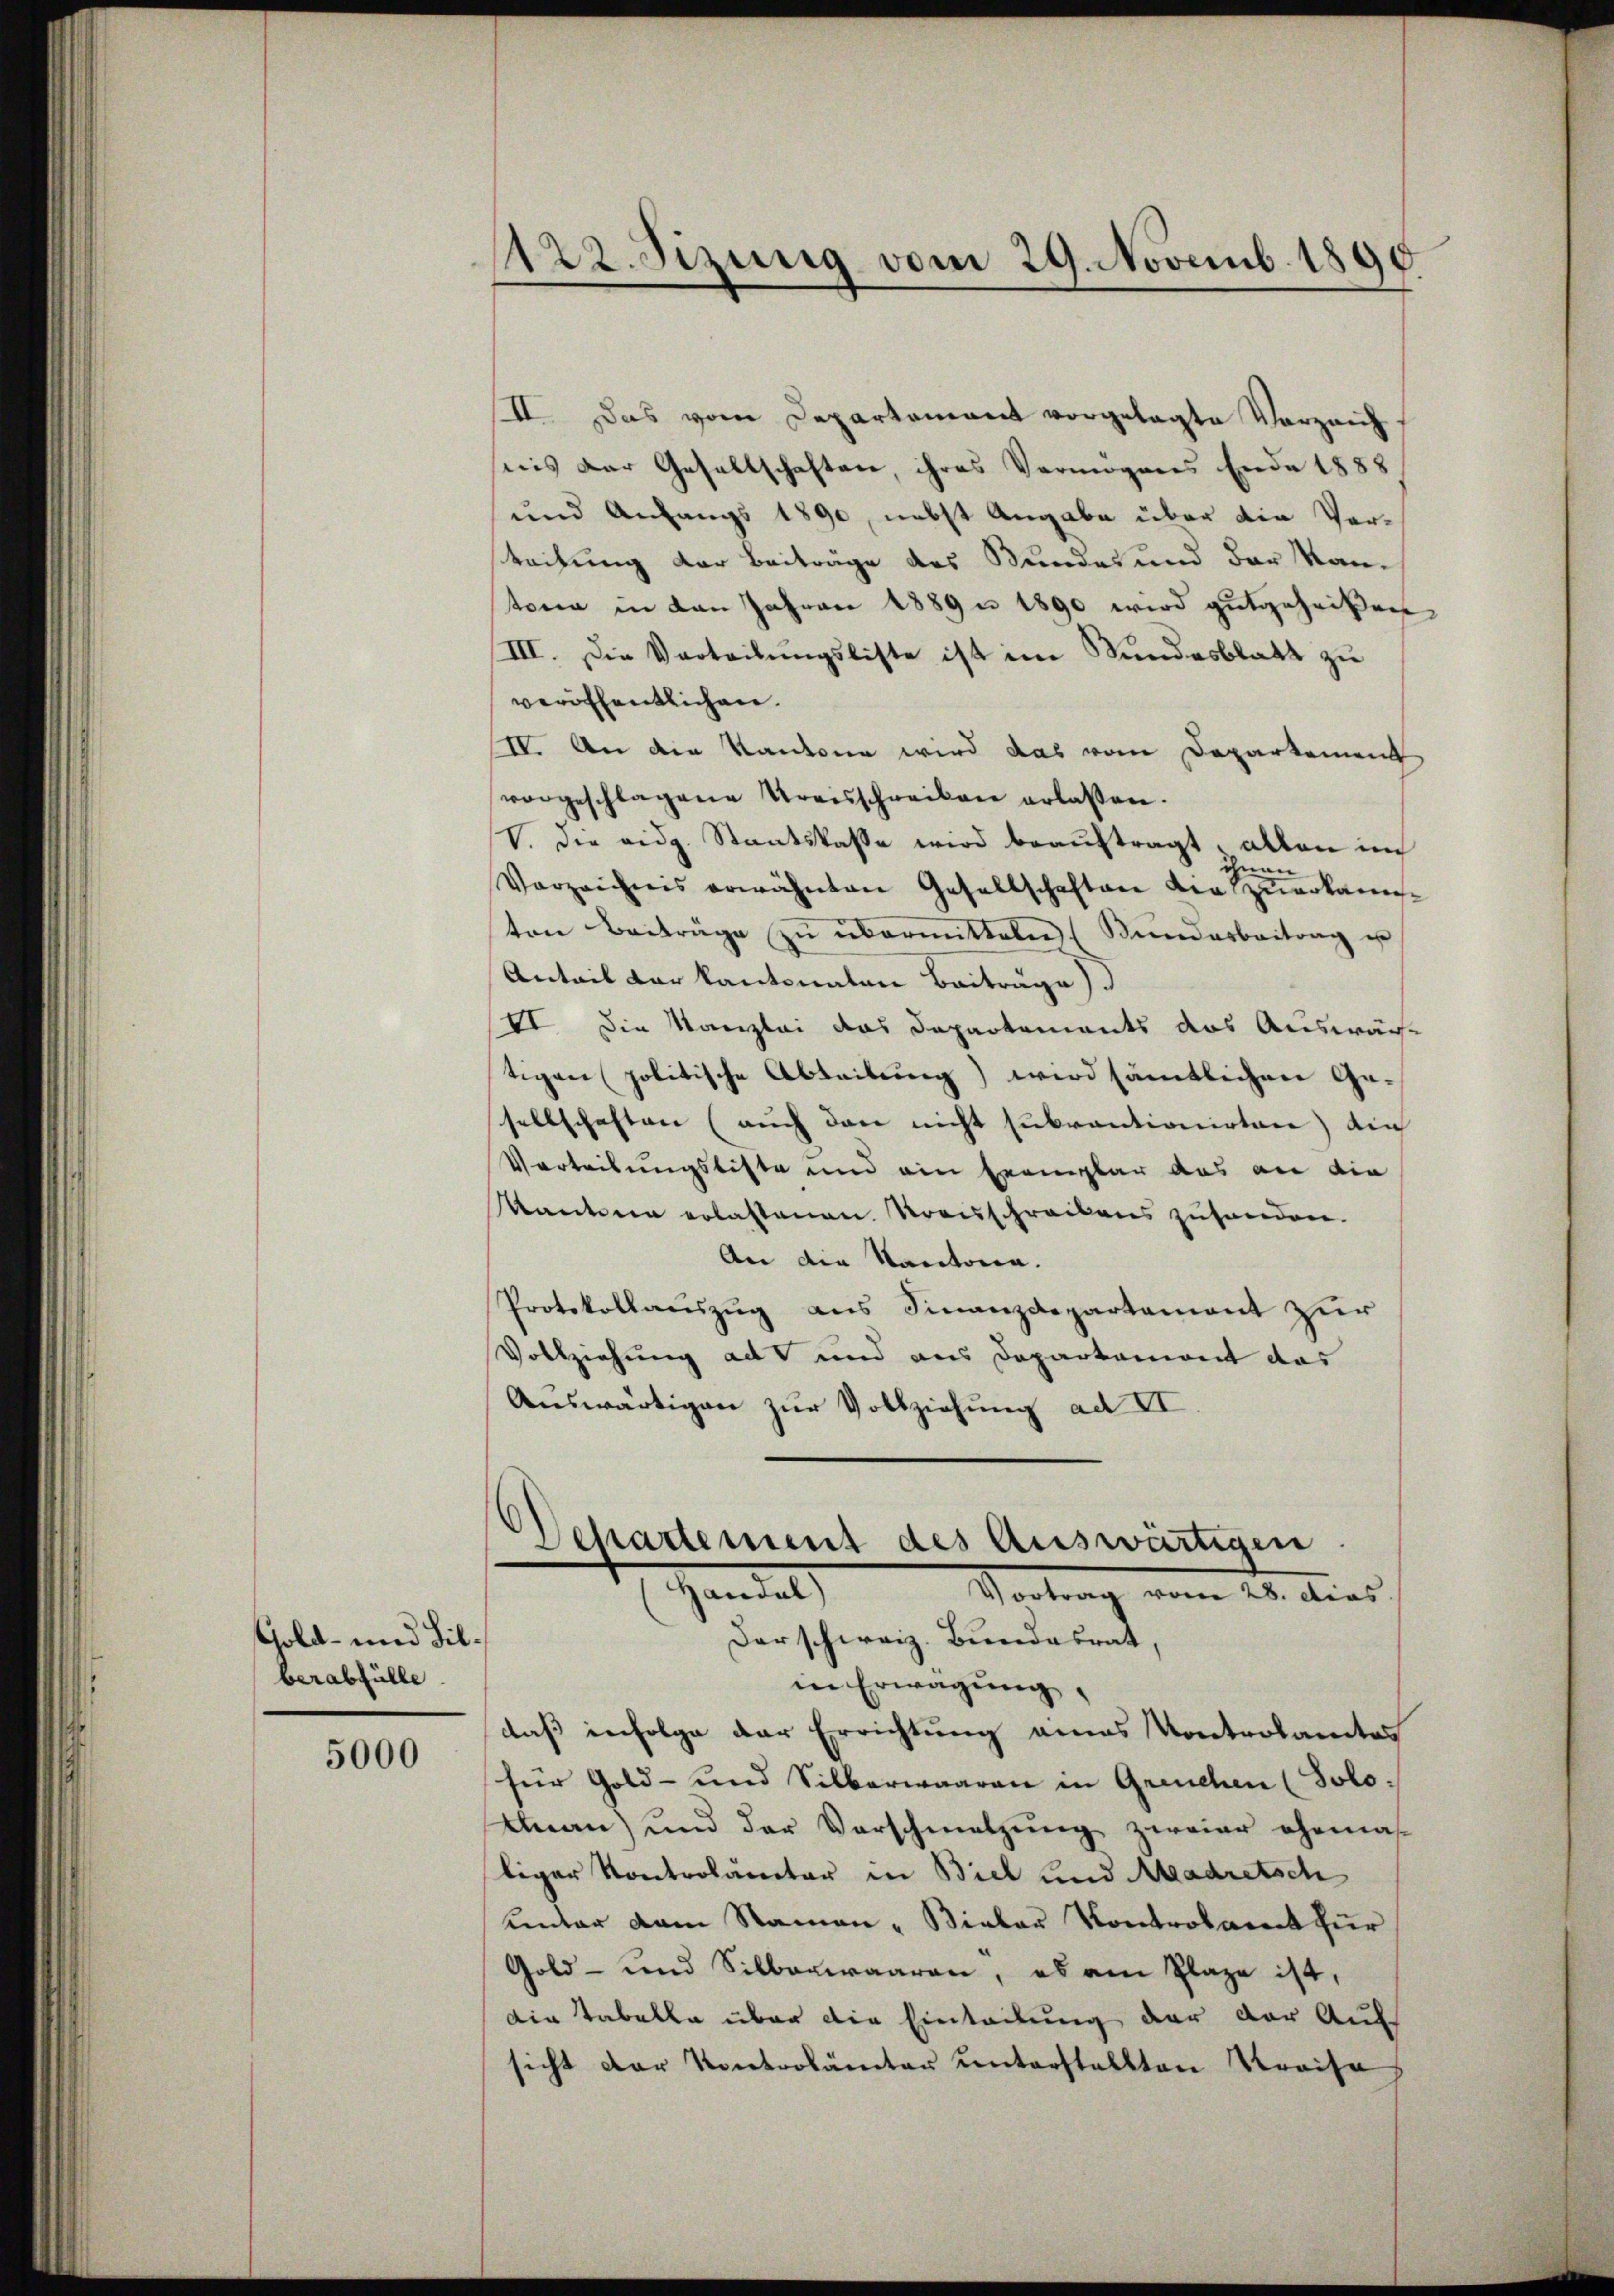
Gold- und Bilberabfülle

5000

1122. Sizung vom 29. Novemb. 1890

II. Das vom Departement vorgelegte Verzeich
nis der Gesellschaften, ihres Vermögens Ende 1888
und Anfangs 1890, nebst Angabe über die Vorteitung der Beiträge des Bundes und der Kantone in den Jahren 1889 n 1890 wird gutgeheißen
III. Die Verteilungsliste ist im Bundesblatt zu
veröffentlichen.
IV. An die Kantone wird das vom Departement
vorgeschlagene Kreisschreiben erlassen.
V. die eidg. Staatskasse wird beauftragt, allen in
ich
an
Vorzeichnis erwähnten Gesellschaften die zuerkann-
ten Beiträge zŭ übermitteln (Kŭndarbeitrag u
Anteil der kantonalen Beiträge).
VI Die Kanzlei das Departements das Auswäche
tigen politische Abteilung) wird sämtlichen Ge-
sellschaften (auch den nicht subventionirten) ein
Vertribungsliste und ein Exemplar das an die
Kantone erlassenen Krauschreibens zuhanden.
An die Kantonen.
Protokollauszug aus Finanzdepartement zur
Vollziehung ad und aus Departement das
Auswärtigen zur Vollziehung ad II

in Erwägung,
daß infolge der Errichtung eines Kontrolamtes
für Gold- und Silberwaaren in Greuchen (Solo.
Anau) und der Vorschmetzŭng zweier ehema-
liger Kontrolamter in Biel und Madretsch
unter dem Namen - Bieler Kontrolarent für
Gold- und Silberwaaren, es am Plaze ist,
Die Tabelle über die Einteilung der der Auf
sicht der Kontrolämter unterstellten Kraiso

Departement des Auswärtigen
Handel
Vortrag vom 28. dies
Der schweiz. Bundesrat,